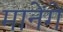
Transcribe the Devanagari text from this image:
मानेंगें